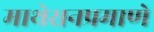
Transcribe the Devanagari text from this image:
माथेरानप्रमाणे